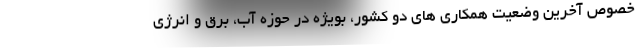
خصوص آخرین وضعیت همکاری های دو کشور، بویژه در حوزه آب، برق و انرژی